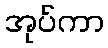
အုပ်ကာ